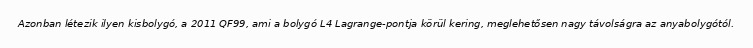
Azonban létezik ilyen kisbolygó, a 2011 QF99, ami a bolygó L4 Lagrange-pontja körül kering, meglehetősen nagy távolságra az anyabolygótól.